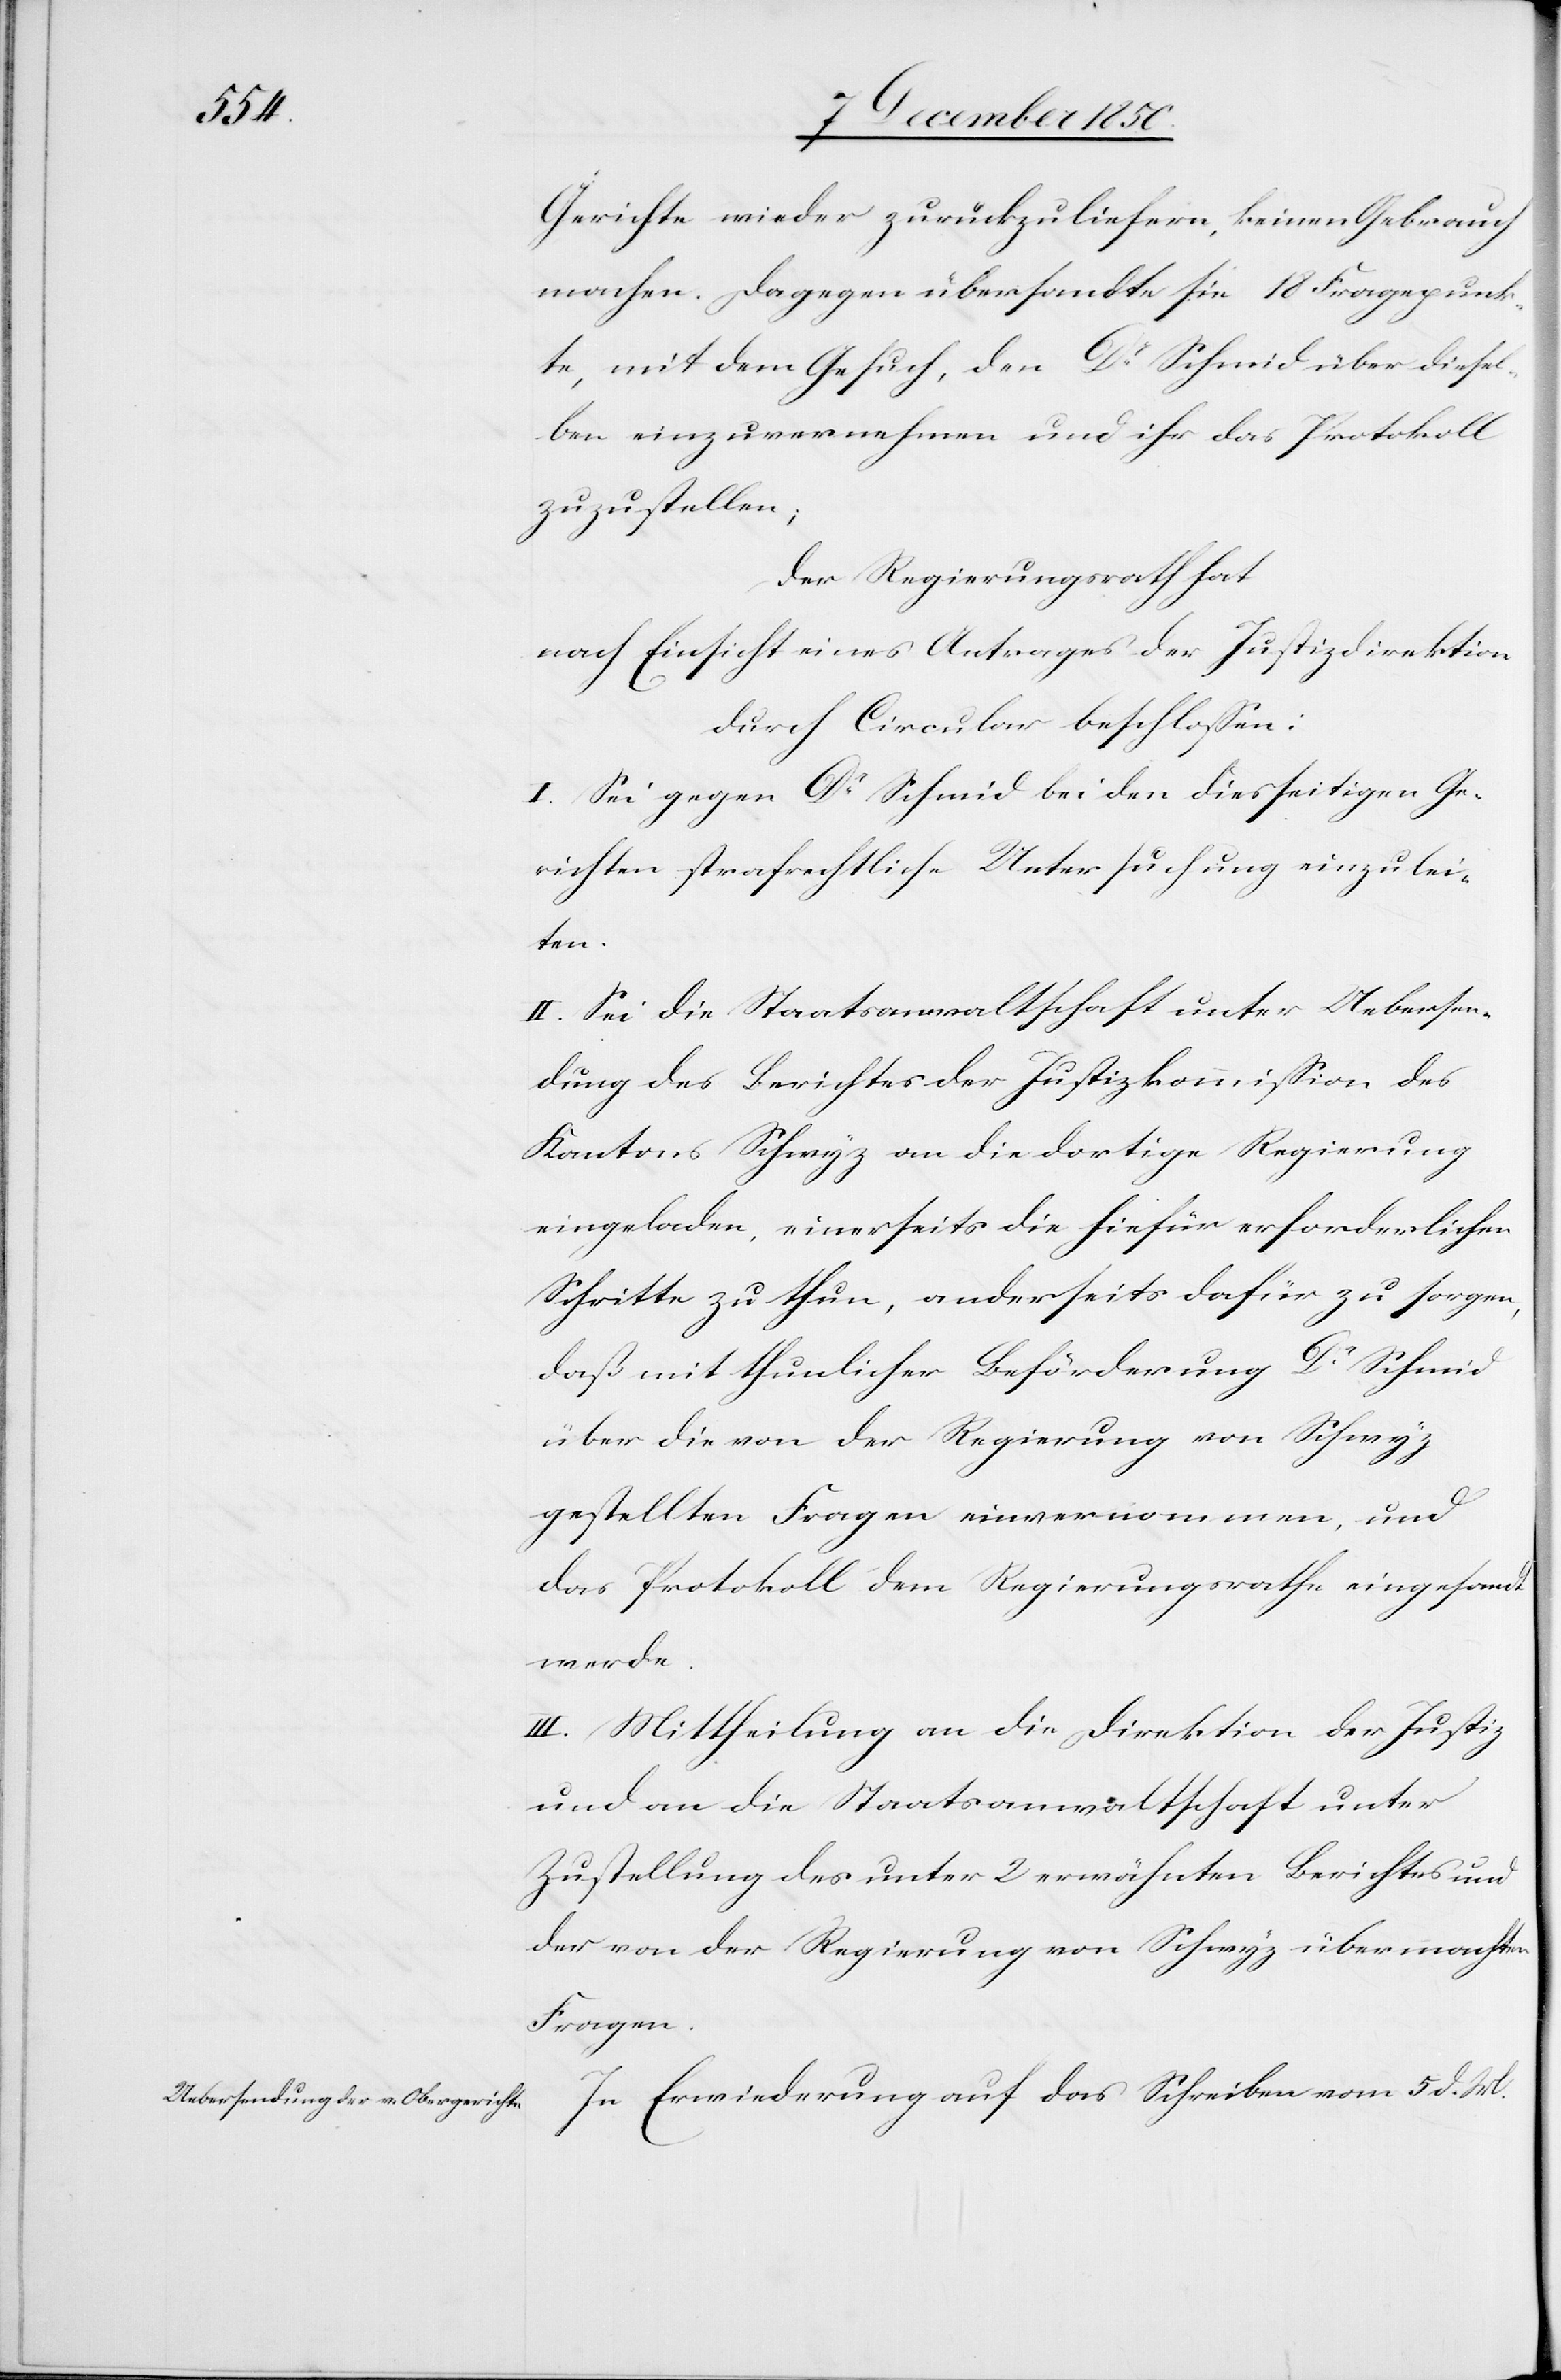
12 December 1850.]
Gerichte wieder zurückzuliefern, keinen Gebrauch
machen. Dagegen übersandte sie 18 Fragepunk¬
te, mit dem Gesuch, den Dr Schmid über diesel¬
ben einzuvernehmen und ihr das Protokoll
zuzustellen;
Der Regierungsrath hat
nach Einsicht eines Antrages der Justizdirektion
durch Circular beschlossen:
I. Sei gegen Dr Schmid bei den diesseitigen Ge¬
richten strafrechtliche Untersuchung einzulei¬
den
II. Sei die Staatsanwaltschaft unter Uebersen¬
dung des Berichtes der Justizkommission des
Kantons Schwyz an die dortige Regierung
eingeladen, einerseits die hiefür erforderlichen
Schritte zu thun, anderseits dafür zu sorgen,
daß mit thunlicher Beförderung Dr Schmid
über die von der Regierung von Schwyz
gestellten Fragen einvernommen, und
das Protokoll dem Regierungsrathe eingesandt
werde.
III. Mittheilung an die Direktion der Justiz,
und an die Staatsanwaltschaft unter
Zustellung des unter 2 erwähnten Berichtes und
der von der Regierung von Schwyz übermachten
Fragen.
In Erwiederung auf das Schreiben vom 5 d. M.